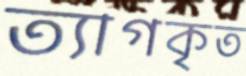
ত্যাগকৃত